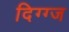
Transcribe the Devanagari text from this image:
दिग्ग्ज